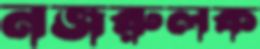
নজরুলক